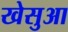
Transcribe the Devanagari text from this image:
खेसुआ